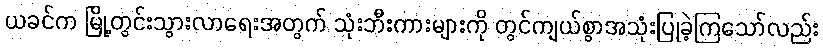
ယခင်က မြို့တွင်းသွားလာရေးအတွက် သုံးဘီးကားများကို တွင်ကျယ်စွာအသုံးပြုခဲ့ကြသော်လည်း